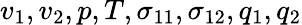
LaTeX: v_{1},v_{2},p,T,\sigma_{11},\sigma_{12},q_{1},q_{2}